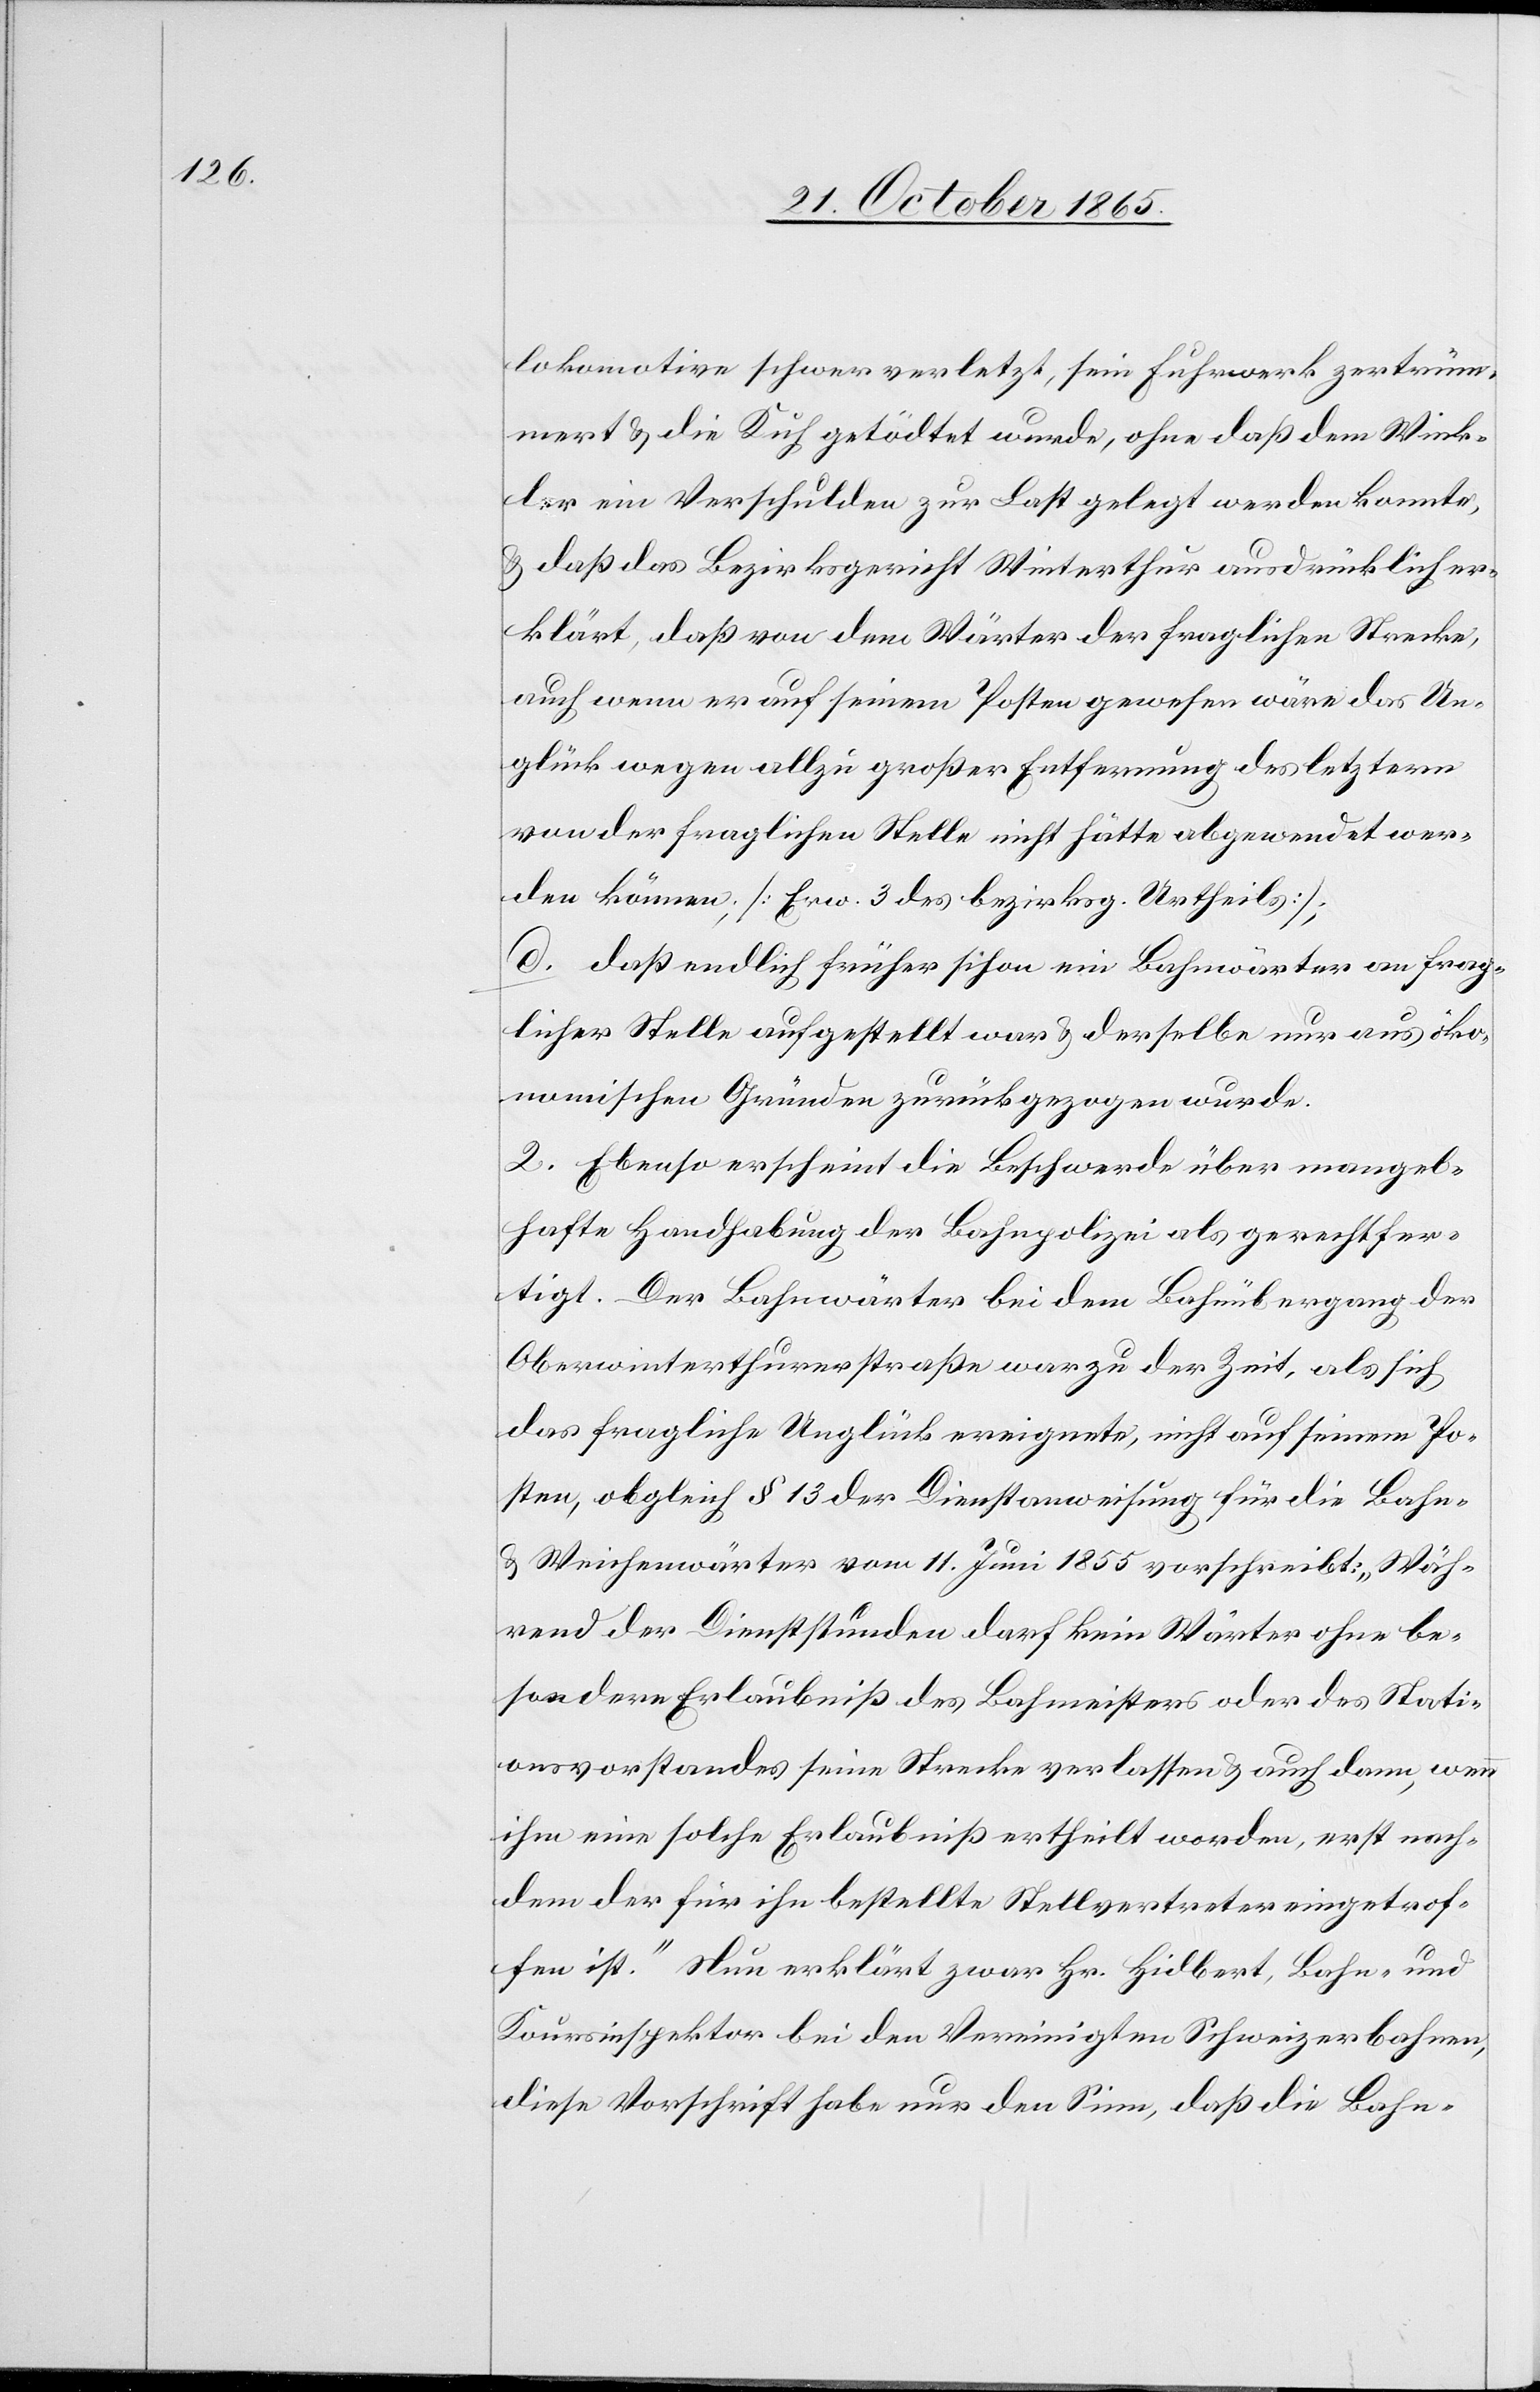
lokomotive schwer verletzt, sein Fuhrwerk zertrüm¬
mert & die Kuh getötet wurde, ohne daß dem Wink¬
ler ein Verschulden zur Last gelegt werden konnte,
& daß das Bezirksgericht Winterthur ausdrücklich er¬
klärt, daß von dem Wärter der fraglichen Strecke,
auch wenn er auf seinem Posten gewesen wäre das Un¬
glück wegen allzu großer Entfernung des letztern
von der fraglichen Stelle nicht hätte abgewendet wer¬
den können; [Erw. 3 des bezirksg. Urtheils];
d. daß endlich früher schon ein Bahnwärter an frag¬
licher Stelle aufgestellt war & derselbe nur aus öko¬
nomischen Gründen zurückgezogen wurde.
2. Ebenso erscheint die Beschwerde über mangel¬
hafte Handhabung der Bahnpolizei als gerechtfer¬
tigt. Der Bahnwärter bei dem Bahnübergang der
Oberwinterthurerstraße war zu der Zeit, als sich
das fragliche Unglück ereignete, nicht auf seinem Po¬
sten, obgleich § 13 der Dienstanweisung für die Bahn-
& Weichenwächter vom 11. Juni 1855 vorschreibt: „Wäh¬
rend der Dienststunden darf kein Wärter ohne be¬
sondere Erlaubniß des Bahnmeisters oder des Stati¬
onsvorstandes seine Strecke verlassen & auch dann, wenn
ihm eine solche Erlaubniß ertheilt worden, erst nach¬
dem der für ihn bestellte Stellvertreter eingetrof¬
fen ist.“ Nun erklärt zwar Hr. Hidbert, Bahn- und
Koursinspektor bei den Vereinigten Schweizerbahnen,
diese Vorschrift habe nur den Sinn, daß die Bahn-